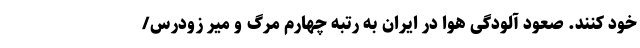
خود کنند. صعود آلودگی هوا در ایران به رتبه چهارم مرگ و میر زودرس/